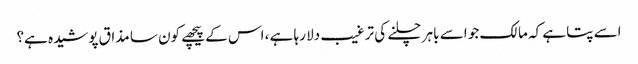
اسے پتا ہے کہ مالک جو اسے باہر چلنے کی ترغیب دلا رہا ہے ، اس کے پیچھے کون سا مذاق پوشیدہ ہے؟